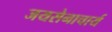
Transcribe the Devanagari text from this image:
जयसेनाचार्य